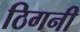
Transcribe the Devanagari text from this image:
ठिगनी